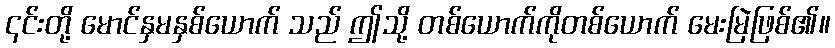
၎င်းတို့ မောင်နှမနှစ်ယောက် သည် ဤသို့ တစ်ယောက်ကိုတစ်ယောက် မေးမြဲဖြစ်၏။